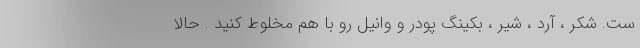
ست. شکر ، آرد ، شیر ، بکینگ پودر و وانیل رو با هم مخلوط کنید . حالا